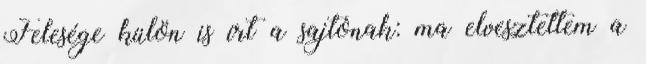
Felesége külön is írt a sajtónak: ma elvesztettem a